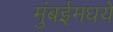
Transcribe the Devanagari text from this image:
मुंबईमधये